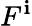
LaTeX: F^{\mathbf{i}}